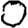
Digit: 0